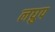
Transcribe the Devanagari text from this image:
लघ्रुप